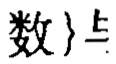
数｝与